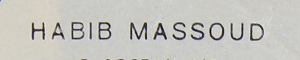
HABIB MASSOUD